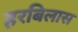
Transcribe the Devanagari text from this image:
हरबिलास